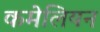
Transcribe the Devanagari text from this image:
कमेलियन